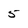
Character: 5